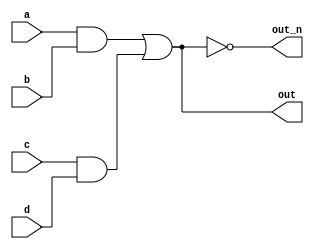
`default_nettype none
module top_module(
    input a,
    input b,
    input c,
    input d,
    output out,
    output out_n   ); 
wire and_1 = a&b;
wire and_2 = c&d;
wire or_1 = and_1|and_2;
    assign out = or_1;
    assign out_n = ~out;
endmodule